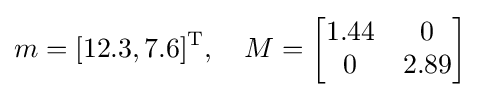
m=[12.3,7.6]^{\mathrm {T} },\quad M={\begin{bmatrix}1.44&0\\0&2.89\end{bmatrix}}